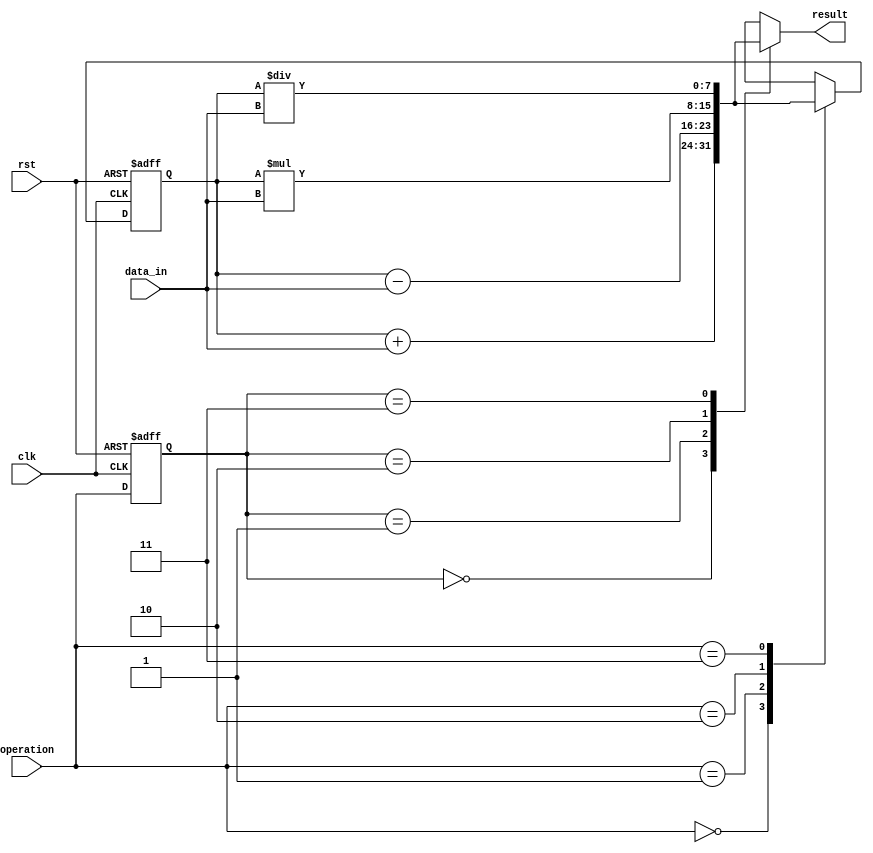
module accumulator(
    input wire clk,
    input wire rst,
    input wire [7:0] data_in,
    input wire [1:0] operation,
    output reg [7:0] result
);

reg [7:0] acc;
reg [1:0] op;

always @ (posedge clk or posedge rst) begin
    if (rst)
        acc <= 8'b0;
    else begin
        case(operation)
            2'b00: acc <= acc + data_in; // Addition
            2'b01: acc <= acc - data_in; // Subtraction
            2'b10: acc <= acc * data_in; // Multiplication
            2'b11: acc <= acc / data_in; // Division
        endcase
    end
end

always @ (posedge clk or posedge rst) begin
    if (rst)
        op <= 2'b00;
    else
        op <= operation;
end

always @ (*) begin
    case(op)
        2'b00: result = acc + data_in; // Addition
        2'b01: result = acc - data_in; // Subtraction
        2'b10: result = acc * data_in; // Multiplication
        2'b11: result = acc / data_in; // Division
    endcase
end

endmodule